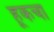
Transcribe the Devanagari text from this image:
हूकचा